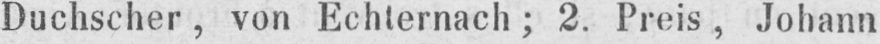
Duchscher, von Echternach; 2. Preis, Johann